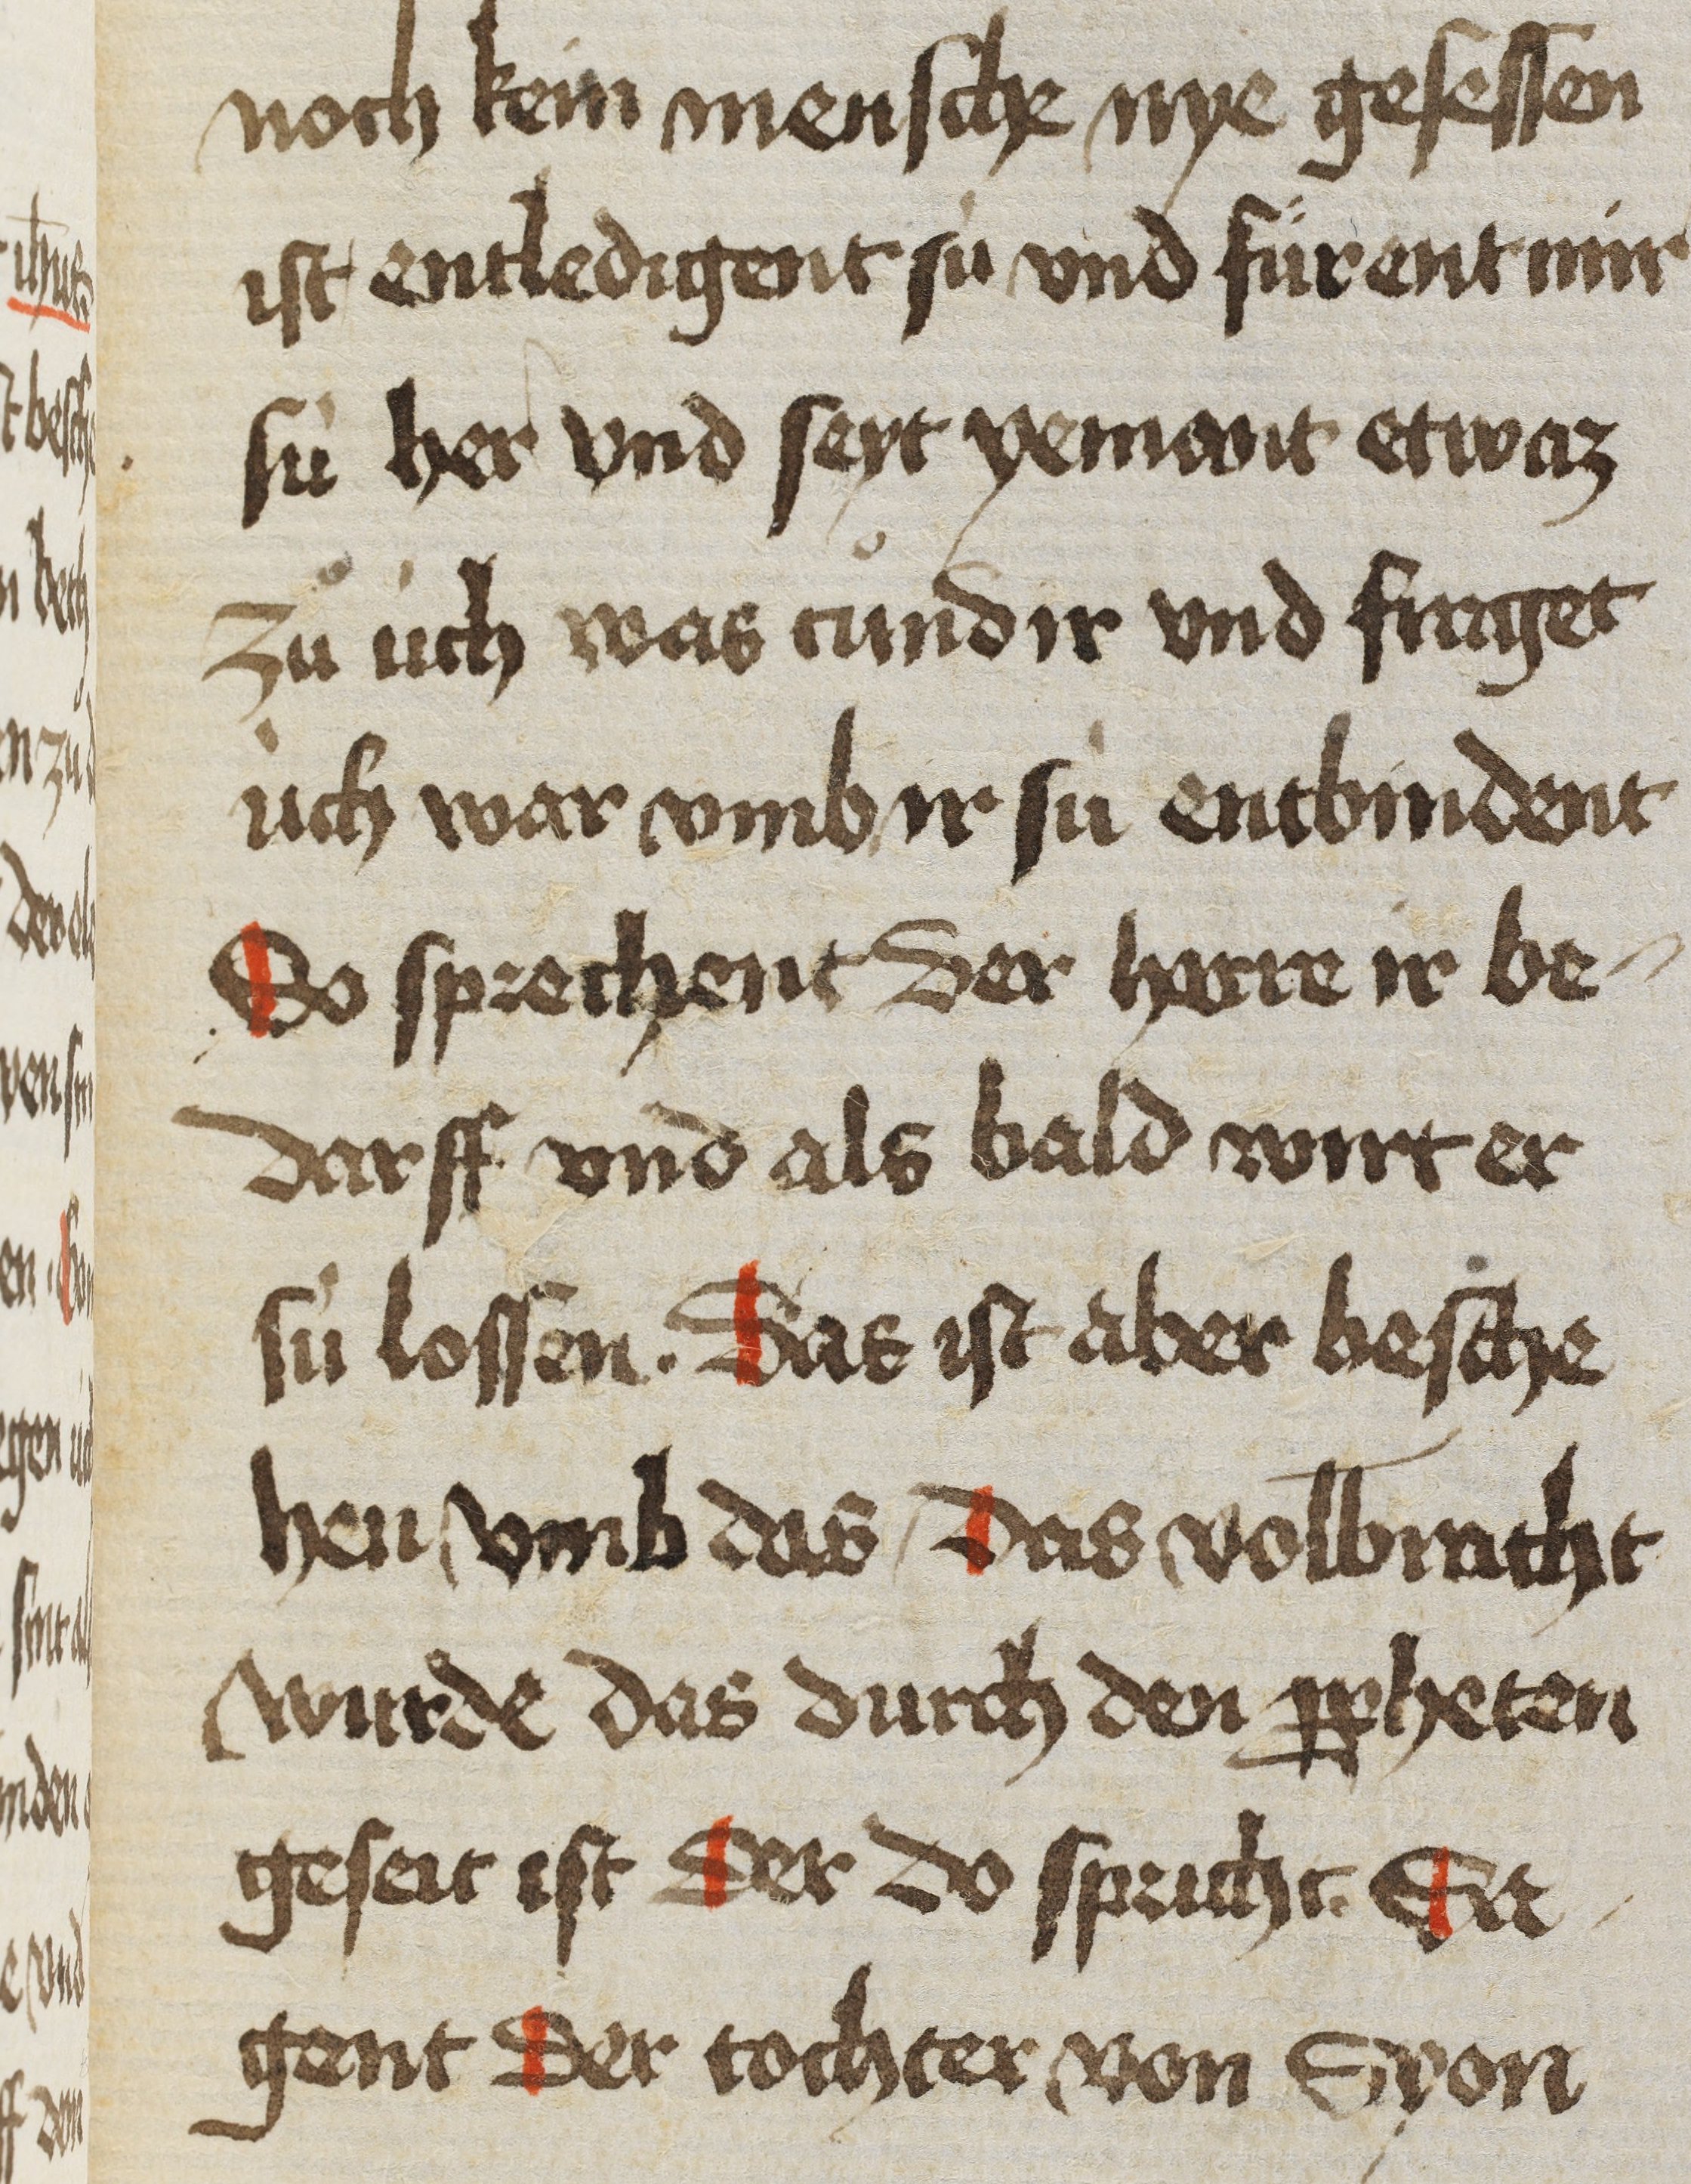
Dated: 1450–1499